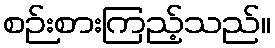
စဉ်းစားကြည့်သည်။